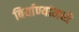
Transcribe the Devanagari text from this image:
बिर्याण्यांमध्ये